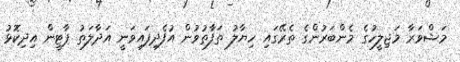
މަޝްވަރާ މަޖިލީހުގެ މެންބަރުންގެ ތެރޭގައި ހިޔާލު ތަފާތުވުން އުފެދިފައިވަނީ އަދާލަތު ޕާޓީން އިދިކޮޅު